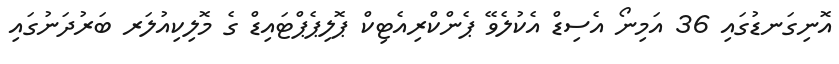
އޮނިގަނޑުގައި 36 އަމިނޯ އެސިޑް އެކުލެވޭ ޕެންކްރިއެޓިކް ޕޮލިޕެޕްޓައިޑް ގެ މޮލިކިއުލަރ ބަރުދަނުގައި